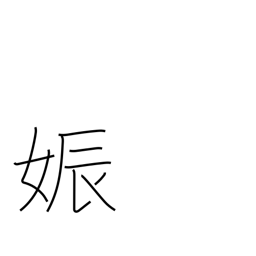
Meaning: pregnancy